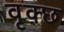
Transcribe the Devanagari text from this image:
वृक्छ